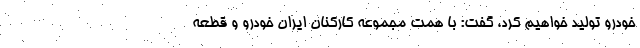
خودرو تولید خواهیم کرد، گفت: با همت مجموعه کارکنان ایران خودرو و قطعه